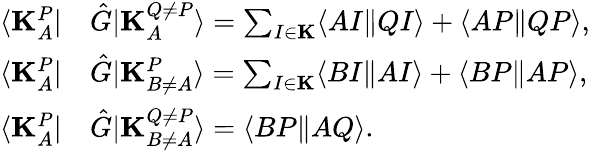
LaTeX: \begin{array}{rl}{\langle\mathbf{K}_{A}^{P}|}&{\hat{G}|\mathbf{K}_{A}^{Q\neq P}\rangle=\sum_{I\in\mathbf{K}}\langle AI\| QI\rangle+\langle AP\| QP\rangle,}\\ {\langle\mathbf{K}_{A}^{P}|}&{\hat{G}|\mathbf{K}_{B\neq A}^{P}\rangle=\sum_{I\in\mathbf{K}}\langle BI\| AI\rangle+\langle BP\| AP\rangle,}\\ {\langle\mathbf{K}_{A}^{P}|}&{\hat{G}|\mathbf{K}_{B\neq A}^{Q\neq P}\rangle=\langle BP\| AQ\rangle.}\end{array}